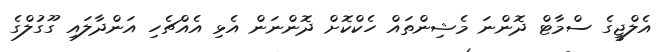
އެލްޖީގެ ސްމާޓް ދޮންނަ މެޝިންތައް ހެކްކޮށް ދޮންނަން އެޅި އެއްޗެހި އަންދާލައި ގޫގުލްގެ